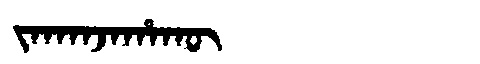
Manchu: ᠵᠠᡴᠠᠨᠵᠠᡥᠠᡴᡡ
Romanization: JAKANJAHAKŪ